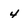
Character: 4